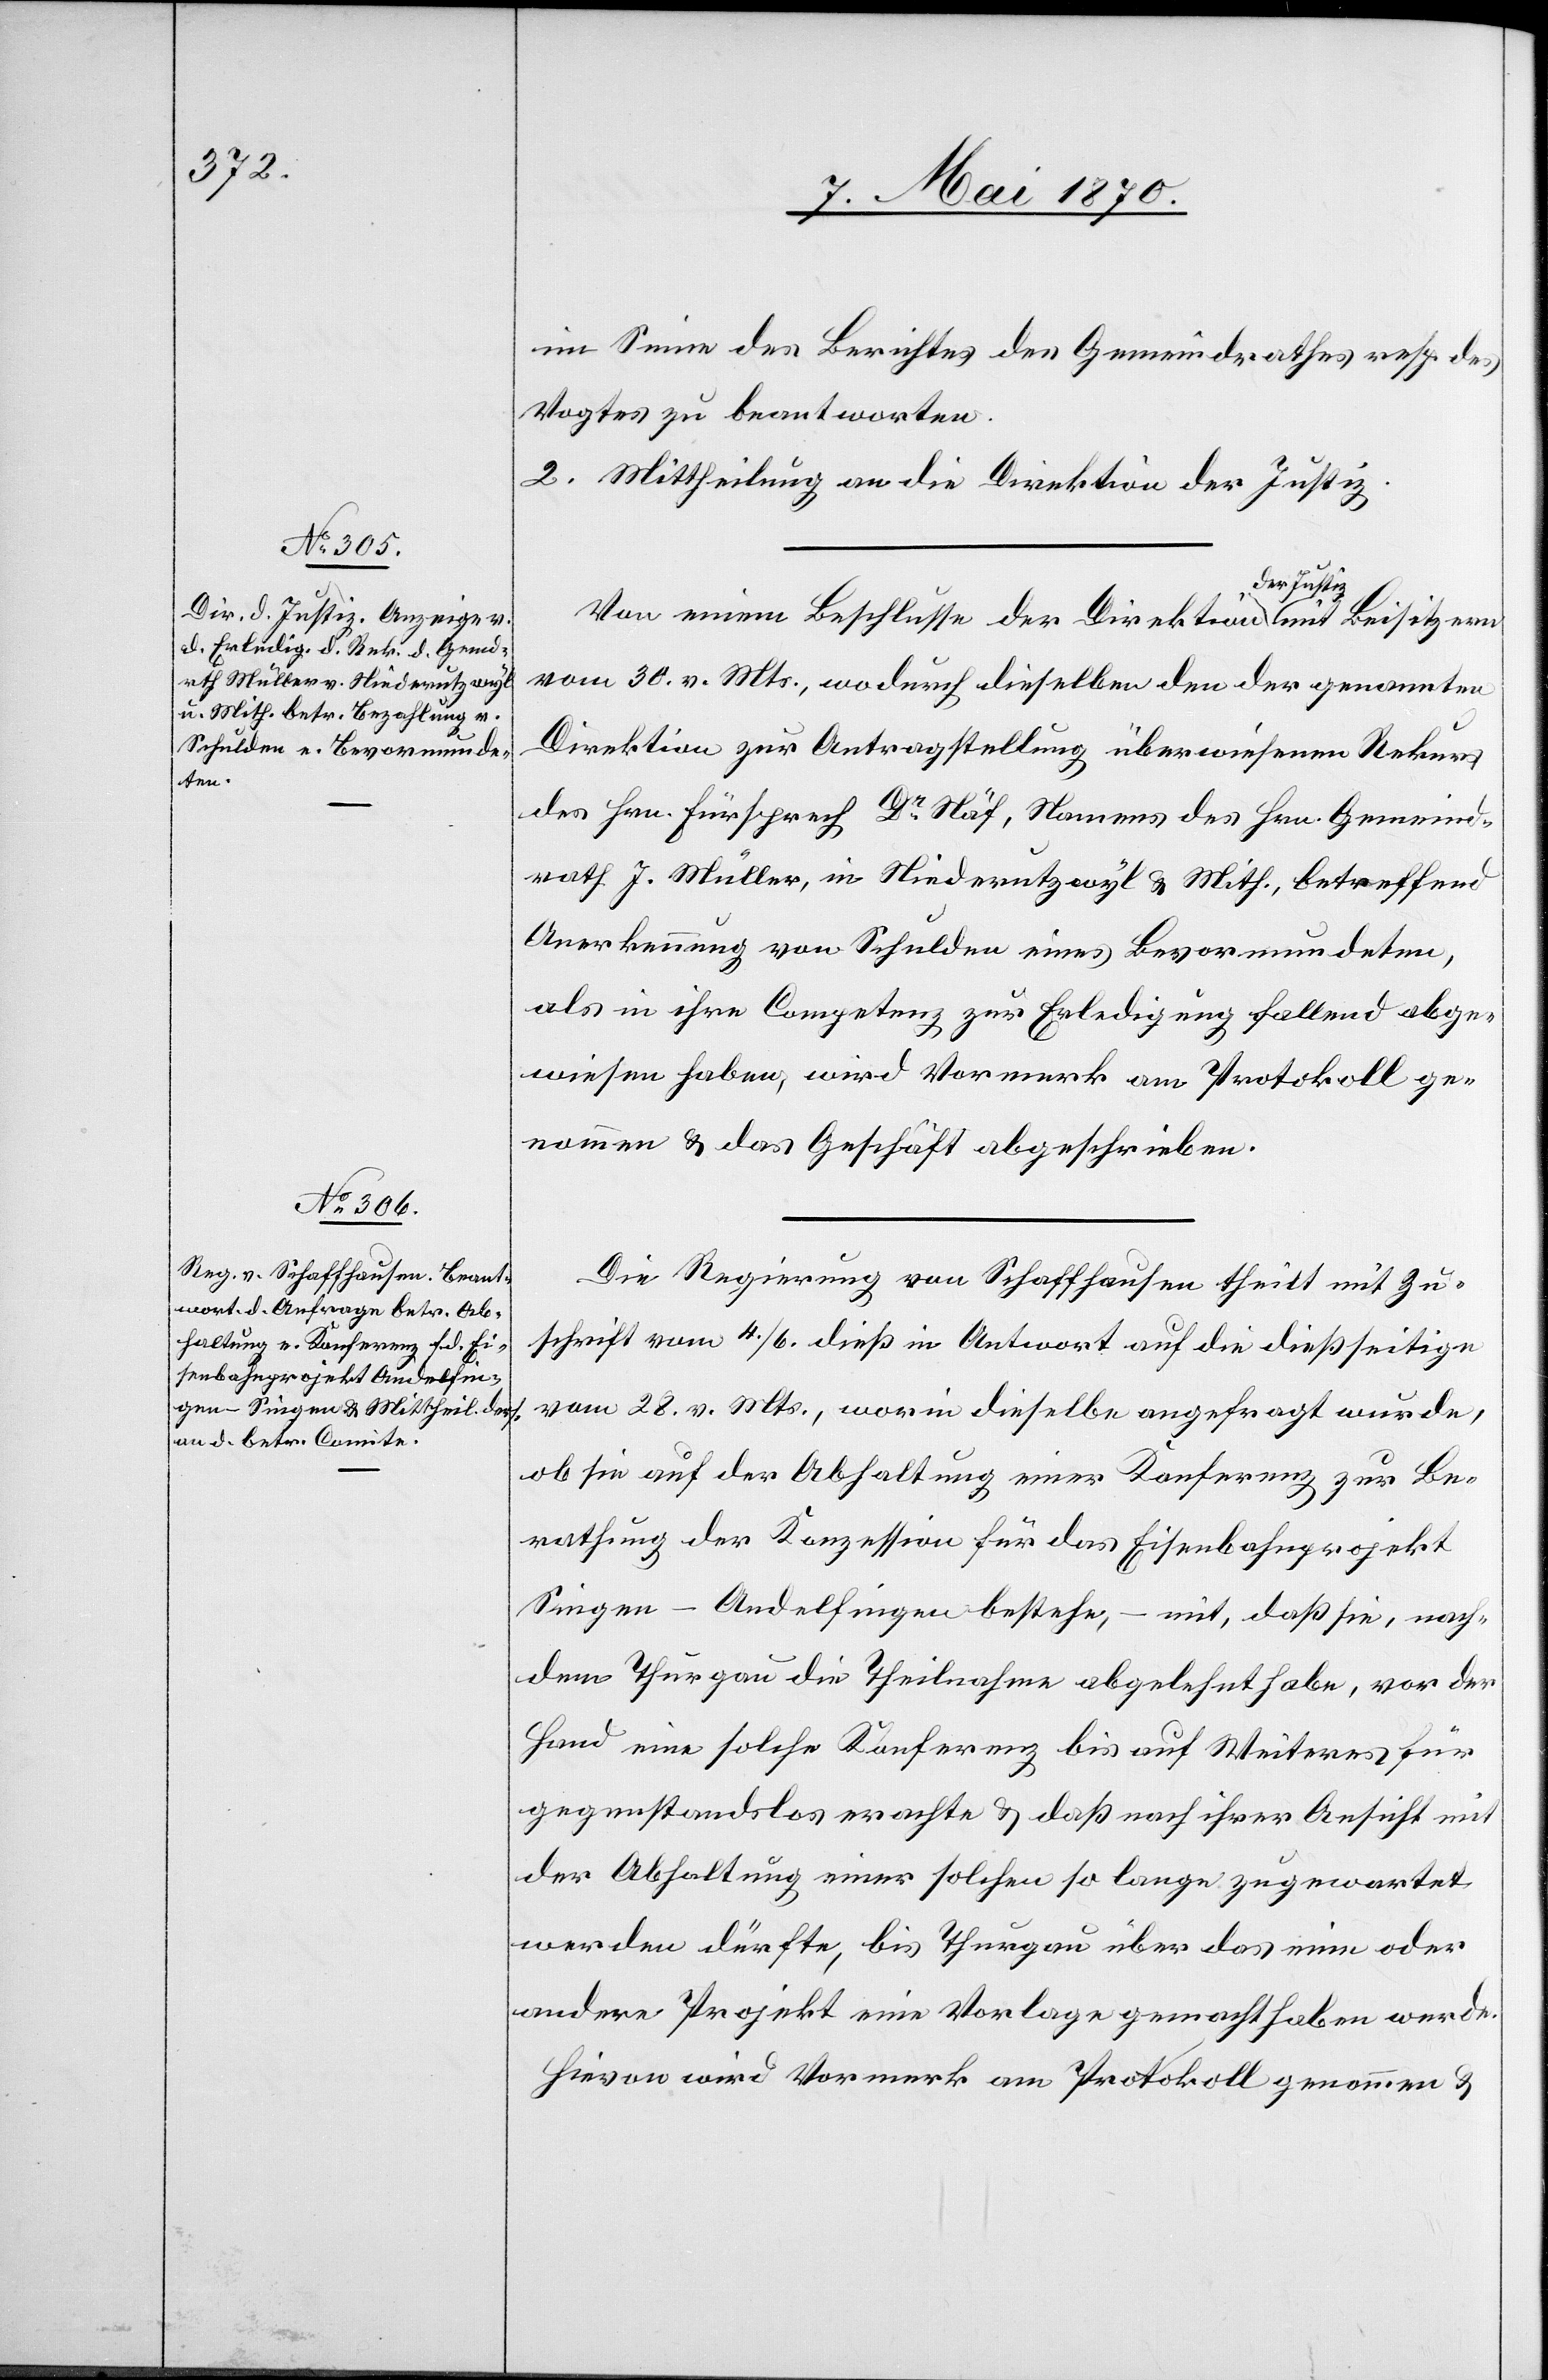
im Sinne des Berichtes des Gemeindrathes resp. des
Vogtes beantworten.
2. Mittheilung an die Direktion der Justiz.
Von einem Beschlusse der Direktion a-der Justiz-a
vom 30. v. Mts., wodurch dieselben den der genannten
Direktion zur Antragstellung überwiesenen Rekurs
des Hrn. Fürsprech Dr Näf, Namens des Hrn. Gemeind¬
rath J. Müller, in Niederutzwyl & Mith., betreffend
Anerkennung von Schulden eines Bevormundeten,
als in ihre Competenz zur Erledigung fallend abge¬
wiesen haben, wird Vormerk am Protokoll ge¬
nommen & das Geschäft abgeschrieben.
Die Regierung von Schaffhausen theilt mit Zu¬
schrift vom 4./6. dieß in Antwort auf die dießseitige
vom 28. v. Mts., worin dieselbe angefragt wurde,
ob sie auf der Abhaltung einer Konferenz zur Be¬
rathung der Konzession für das Eisenbahnprojekt
Singen–Andelfingen bestehe, – mit, daß sie, nach¬
dem Thurgau die Theilnahme abgelehnt habe, vor der
Hand eine solche Konferenz bis auf Weiteres für
gegenstandslos erachte & daß nach ihrer Ansicht mit
der Abhaltung einer solchen so lange zugewartet
werden dürfte, bis Thurgau über das eine oder
andere Projekt eine Vorlage gemacht haben werde.
Hievon wird Vormerk am Protokoll genommen &